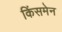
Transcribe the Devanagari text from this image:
किंसमेन